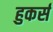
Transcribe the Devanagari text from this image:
हुकर्स